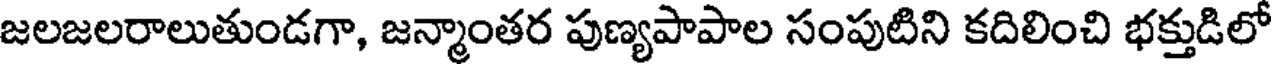
జలజలరాలుతుండగా, జన్మాంతర పుణ్యపాపాల సంపుటిని కదిలించి భక్తుడిలో